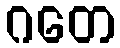
ဂတေ